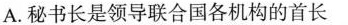
A.秘书长是领导联合国各机构的首长